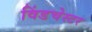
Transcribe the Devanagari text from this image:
विंडचेस्टर